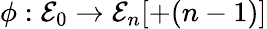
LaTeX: \phi:{\mathcal{E}}_{0}\to{\mathcal{E}}_{n}[+(n-1)]